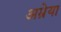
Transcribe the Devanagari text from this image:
अम्रेया